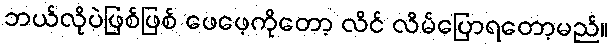
ဘယ်လိုပဲဖြစ်ဖြစ် ဖေဖေ့ကိုတော့ လိင် လိမ်ပြောရတော့မည်။